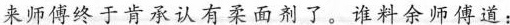
来师傅终于肯承认有柔面剂了。谁料余师傅道：